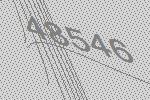
48546